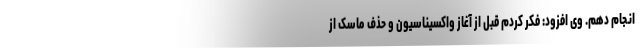
انجام دهم. وی افزود: فکر کردم قبل از آغاز واکسیناسیون و حذف ماسک از